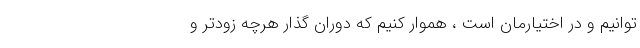
توانیم و در اختیارمان است ، هموار کنیم که دوران گذار هرچه زودتر و